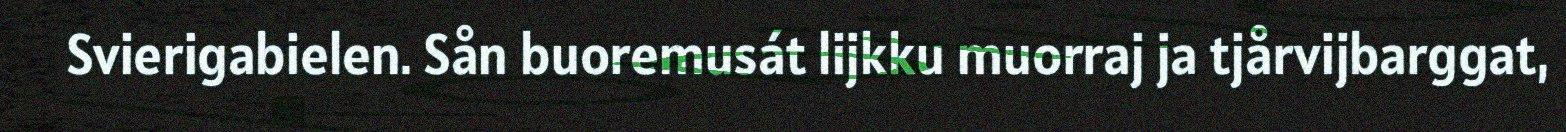
Svierigabielen. Sån buoremusát lijkku muorraj ja tjårvijbarggat,